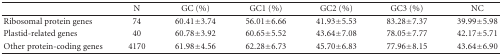
<table><thead><tr><td></td><td><b>N</b></td><td><b>GC (%)</b></td><td><b>GC1 (%)</b></td><td><b>GC2 (%)</b></td><td><b>GC3 (%)</b></td><td><b>NC</b></td></tr></thead><tbody><tr><td>Ribosomal protein genes</td><td>74</td><td>60.41 ± 3.74</td><td>56.01 ± 6.66</td><td>41.93 ± 5.53</td><td>83.28 ± 7.37</td><td>39.99 ± 5.98</td></tr><tr><td>Plastid-related genes</td><td>40</td><td>60.78 ± 3.92</td><td>60.65 ± 5.52</td><td>43.64 ± 7.08</td><td>78.05 ± 7.77</td><td>42.17 ± 5.71</td></tr><tr><td>Other protein-coding genes</td><td>4170</td><td>61.98 ± 4.56</td><td>62.28 ± 6.73</td><td>45.70 ± 6.83</td><td>77.96 ± 8.15</td><td>43.64 ± 6.90</td></tr></tbody></table>